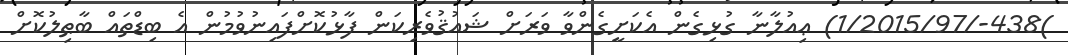
)438-/1/2015/97) ޢިއުލާނާ ގުޅިގެން އެކަށީގެންވާ ވަރަށް ޝައުޤުވެރިކަން ފާޅުކޮށްފައިނުވުމުން އެ ބިޑްތައް ބާޠިލުކޮށް